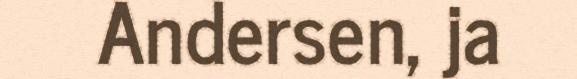
Andersen, ja